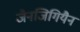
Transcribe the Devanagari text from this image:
जैनजिगियैन